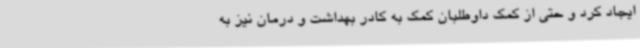
ایجاد کرد و حتی از کمک داوطلبان کمک به کادر بهداشت و درمان نیز به